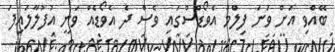
ބޭއްވި އަށް ވަނަ ފިލްމު އެވޯޑްސްގައި ވެސް ދެ އެވޯޑެއް ވަނީ އުފުލާލައިފަ